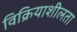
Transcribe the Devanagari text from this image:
विक्रियाशीलता